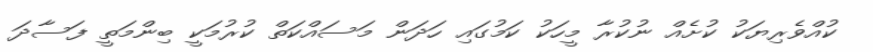
ކުއްވެރިޔަކު ކުށެއް ނުކުރާ މީހަކު ކަމުގައި ހަދަން މަސައްކަތް ކުރުމަކީ ބިންމަތީ ފަސާދަ